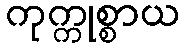
ကုက္ကုစ္စာယ